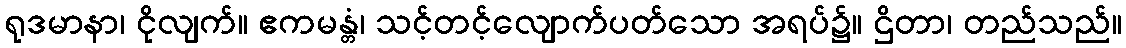
ရုဒမာနာ၊ ငိုလျက်။ ဧကမန္တံ၊ သင့်တင့်လျောက်ပတ်သော အရပ်၌။ ဌိတာ၊ တည်သည်။